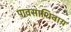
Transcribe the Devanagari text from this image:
पावसाशिवाय